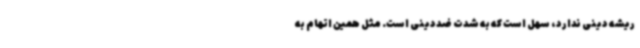
ریشه دینی ندارد، سهل است که به ‌شدت ضددینی است. مثل همین اتهام به